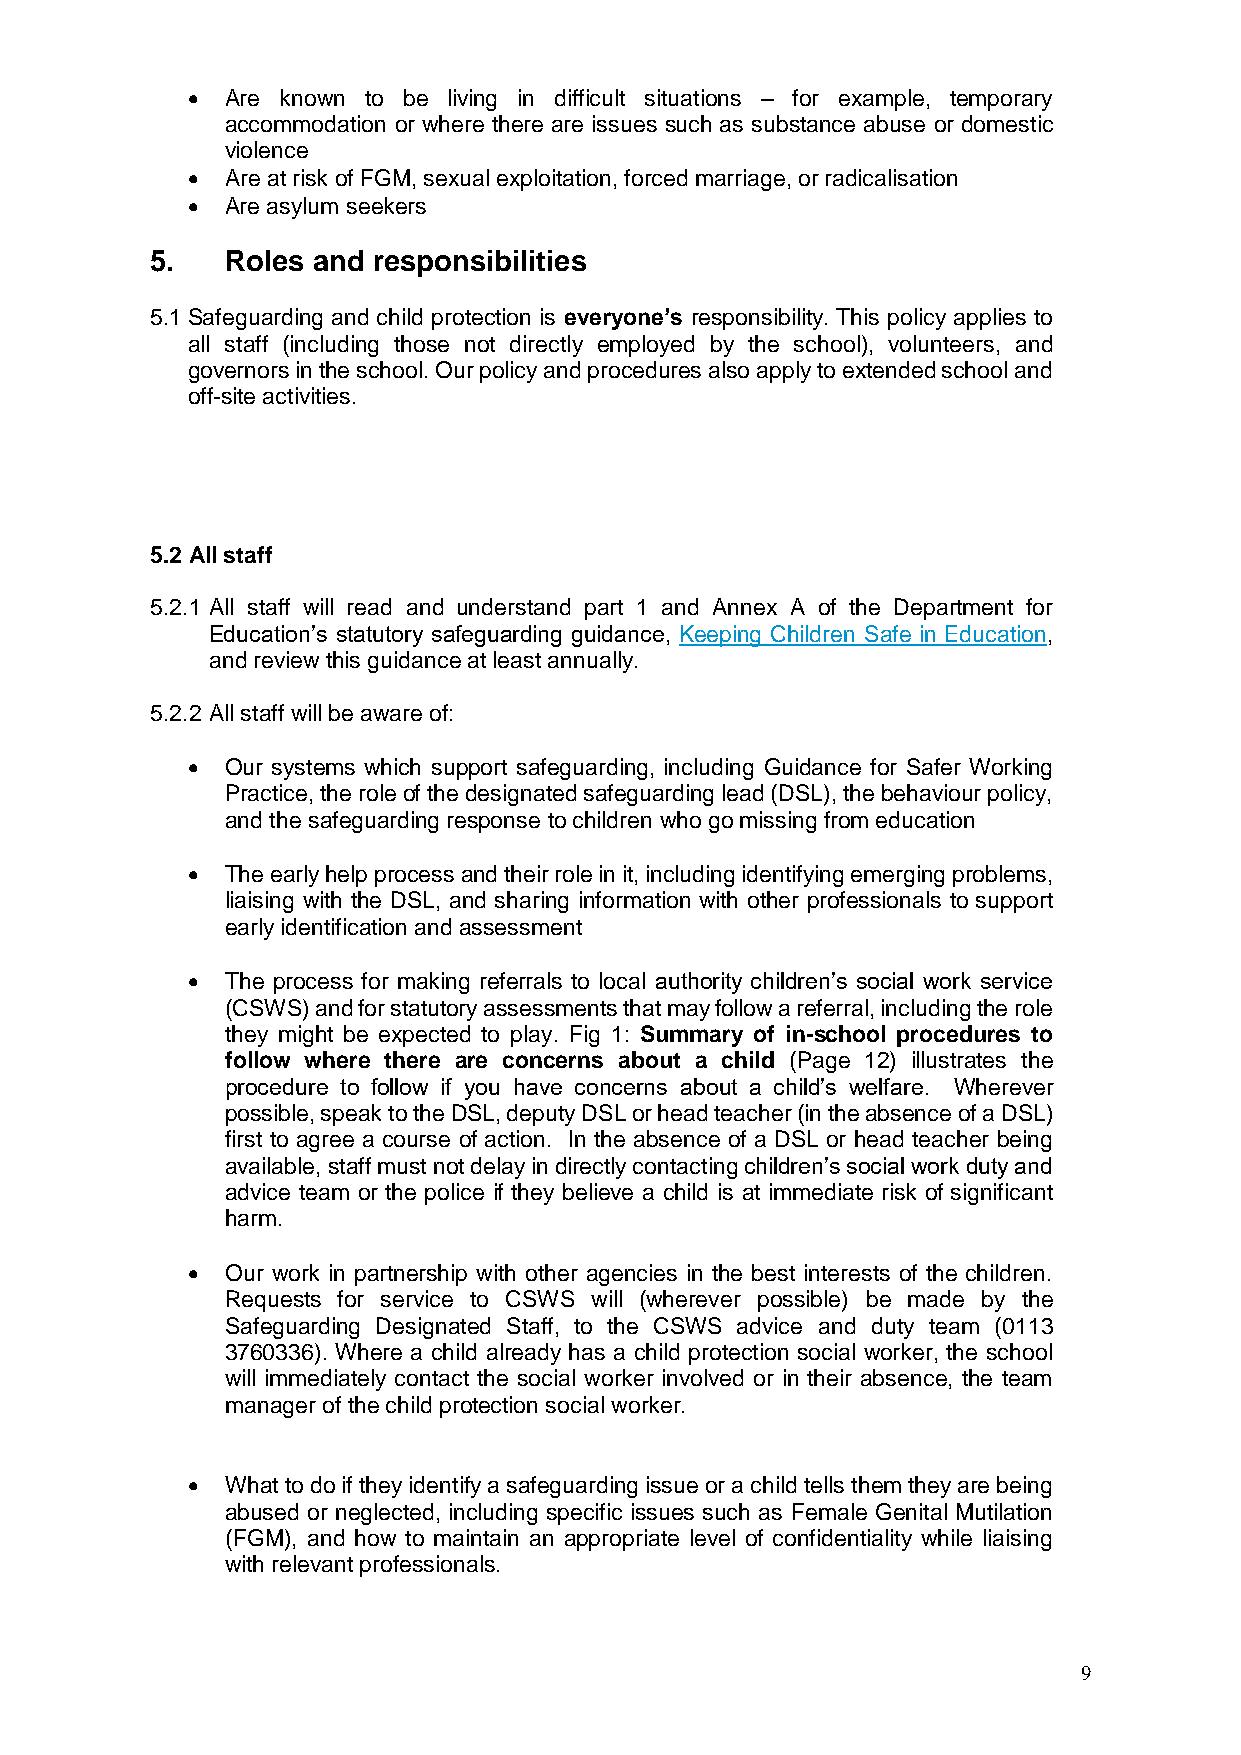
  Are known to be living in difficult situations – for example, temporary
 accommodation or where there are issues such as substance abuse or domestic
 violence
   Are at risk of FGM, sexual exploitation, forced marriage, or radicalisation
   Are asylum seekers
 5.   Roles and responsibilities
 5.1 Safeguarding and child protection is everyone’s responsibility. This policy applies to
 all staff (including those not directly employed by the school), volunteers, and
 governors in the school. Our policy and procedures also apply to extended school and
 off-site activities.
 5.2 All staff
 5.2.1 All staff will read and understand part 1 and Annex A of the Department for
 Education’s statutory safeguarding guidance, Keeping Children Safe in Education,
 and review this guidance at least annually.
 5.2.2 All staff will be aware of:
   Our systems which support safeguarding, including Guidance for Safer Working
 Practice, the role of the designated safeguarding lead (DSL), the behaviour policy,
 and the safeguarding response to children who go missing from education
   The early help process and their role in it, including identifying emerging problems,
 liaising with the DSL, and sharing information with other professionals to support
 early identification and assessment
   The process for making referrals to local authority children’s social work service
 (CSWS) and for statutory assessments that may follow a referral, including the role
 they might be expected to play. Fig 1: Summary of in-school procedures to
 follow where there are concerns about a child (Page 12) illustrates the
 procedure to follow if you have concerns about a child’s welfare. Wherever
 possible, speak to the DSL, deputy DSL or head teacher (in the absence of a DSL)
 first to agree a course of action. In the absence of a DSL or head teacher being
 available, staff must not delay in directly contacting children’s social work duty and
 advice team or the police if they believe a child is at immediate risk of significant
 harm.
   Our work in partnership with other agencies in the best interests of the children.
 Requests for service to CSWS will (wherever possible) be made by the
 Safeguarding Designated Staff, to the CSWS advice and duty team (0113
 3760336). Where a child already has a child protection social worker, the school
 will immediately contact the social worker involved or in their absence, the team
 manager of the child protection social worker.
   What to do if they identify a safeguarding issue or a child tells them they are being
 abused or neglected, including specific issues such as Female Genital Mutilation
 (FGM), and how to maintain an appropriate level of confidentiality while liaising
 with relevant professionals.
 9